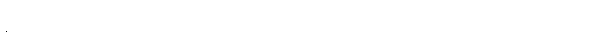
ရုတ်တရက်ချက်ချင်းကြီး ဖြစ်ပါ့မလားကွယ်၊ မင့်လူက မယုံသင်္ကာ ဖြစ်နေပါဦးမယ်